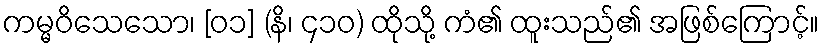
ကမ္မဝိသေသော၊ [၀၁] (နိ၊ ၄၁၀) ထိုသို့ ကံ၏ ထူးသည်၏ အဖြစ်ကြောင့်။